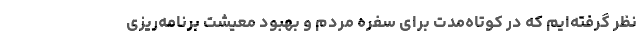
نظر گرفته‌ایم که در کوتاه‌مدت برای سفره مردم و بهبود معیشت برنامه‌ریزی